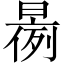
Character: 𱢝